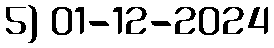
5) 01-12-2024